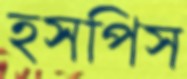
হসপিস